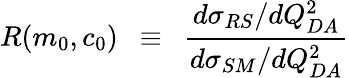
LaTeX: R(m_{0},c_{0})~~\equiv~~\frac{d\sigma_{RS}/dQ_{DA}^{2}}{d\sigma_{SM}/dQ_{DA}^{2}}